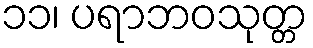
၁၁၊ ပရာဘဝသုတ္တ